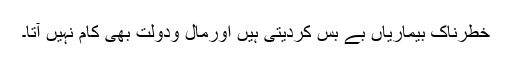
خطرناک بیماریاں بے بس کردیتی ہیں اورمال ودولت بھی کام نہیں آتا۔